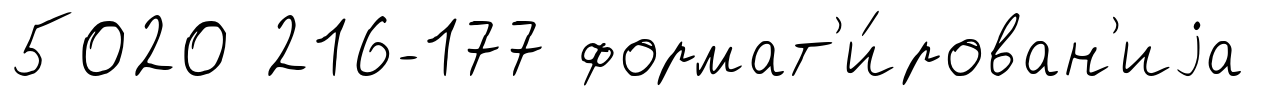
5020 216-177 формат'и́рован'иjа